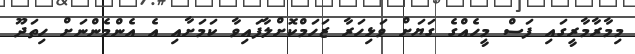
މިމާރާމާރީގައި ފަސް މީހެއްގެ ގަޔަށް ވަޅިހަރާ ޒަހަމްކޮށްލާފައިވާ ކަމަށާއި އެ އެންމެންނަށް ހިތަދޫ